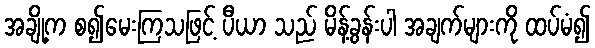
အချို့က စ၍မေးကြသဖြင့် ပီယာ သည် မိန့်ခွန်းပါ အချက်များကို ထပ်မံ၍